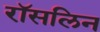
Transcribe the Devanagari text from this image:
रॉसलिन